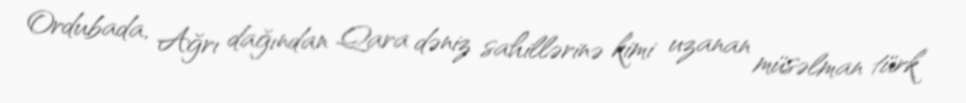
Ordubada, Ağrı dağından Qara dəniz sahillərinə kimi uzanan müsəlman türk